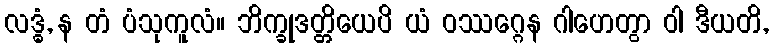
လဒ္ဓံ, န တံ ပံသုကူလံ။ ဘိက္ခုဒတ္တိယေပိ ယံ ဝဿဂ္ဂေန ဂါဟေတွာ ဝါ ဒီယတိ,